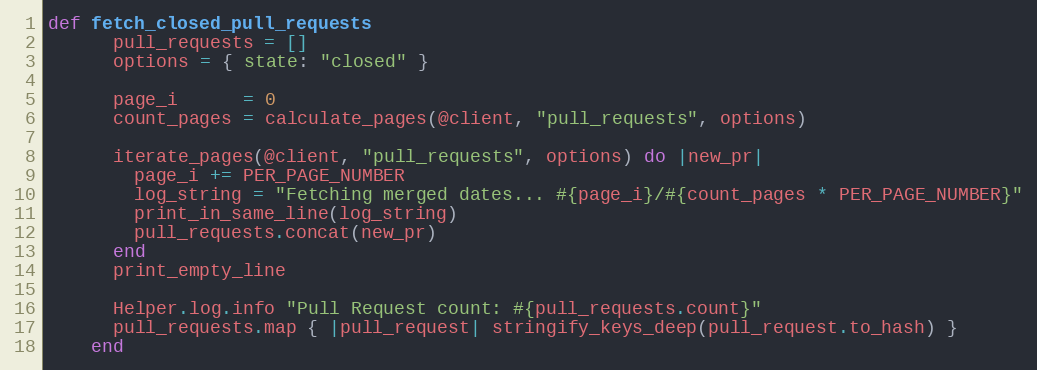
Language: Ruby
def fetch_closed_pull_requests
      pull_requests = []
      options = { state: "closed" }

      page_i      = 0
      count_pages = calculate_pages(@client, "pull_requests", options)

      iterate_pages(@client, "pull_requests", options) do |new_pr|
        page_i += PER_PAGE_NUMBER
        log_string = "Fetching merged dates... #{page_i}/#{count_pages * PER_PAGE_NUMBER}"
        print_in_same_line(log_string)
        pull_requests.concat(new_pr)
      end
      print_empty_line

      Helper.log.info "Pull Request count: #{pull_requests.count}"
      pull_requests.map { |pull_request| stringify_keys_deep(pull_request.to_hash) }
    end